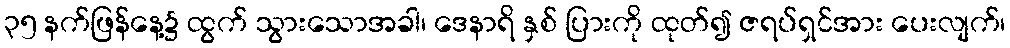
၃၅ နက်ဖြန်နေ့၌ ထွက် သွားသောအခါ၊ ဒေနာရိ နှစ် ပြားကို ထုတ်၍ ဇရပ်ရှင်အား ပေးလျက်၊